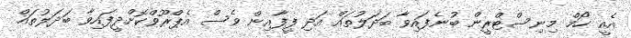
އެއީ ހޯމް މިނިސްޓްރީން ބުނެފައިވާ ބަދަލުތައް އަދި ފީފާއިން ވެސް އެޕްރޫވްކޮށްދީފައިވާ ބަދަލުތައް